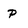
Character: p